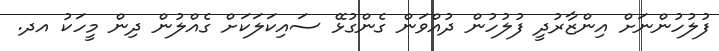
ފުލުހުންނަށް އިންޒާރުދީ ފުލުހުން ދުއްވަން ގެންގުޅޭ ސައިކަލަކަށް ގެއްލުން ދިން މީހަކު އދ.